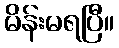
မိန်းမရပြီ။